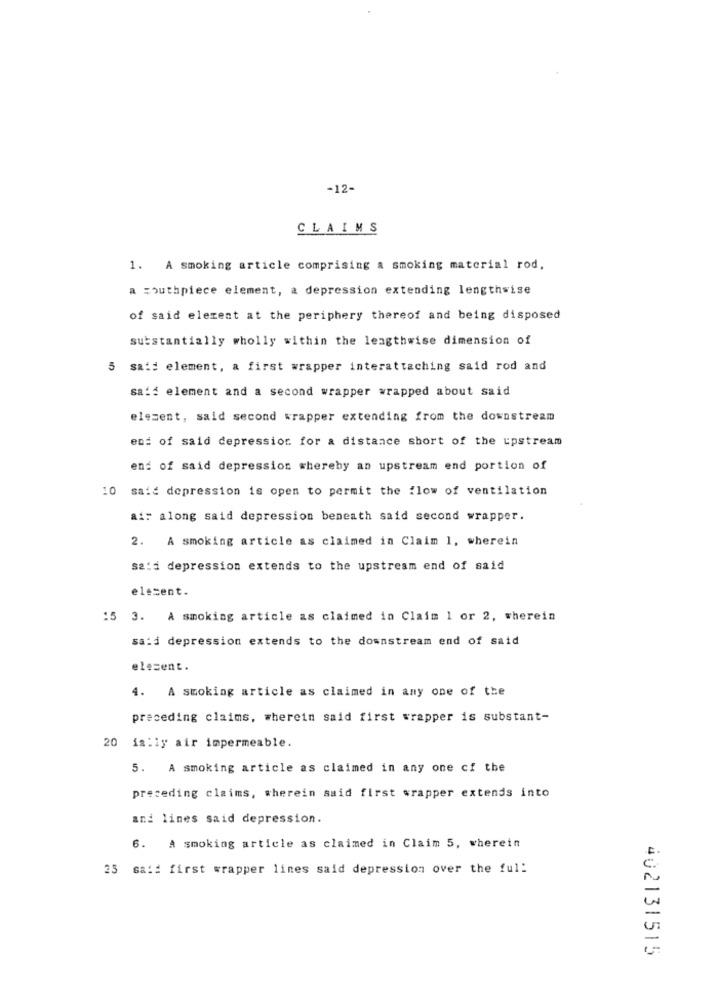
-12-
CLAIMS
1. A smoking article comprising a smoking material rod,
a mouthpiece element, a depression extending lengthwise
of said element at the periphery thereof and being disposed
substantially wholly within the lengthwise dimension of
5 said element, a first wrapper interattaching said rod and
said element and a second wrapper wrapped about said
element, said second wrapper extending from the downstream
end of said depression for a distance short of the upstream
end of said depression whereby an upstream end portion of
10 said depression is open to permit the flow of ventilation
air along said depression beneath said second wrapper.
2. A smoking article as claimed in Claim 1, wherein
said depression extends to the upstream end of said
elecent.
15 3. A smoking article as claimed in Claim 1 or 2, wherein
sa:d depression extends to the downstream end of said
elesent.
4. A smoking article as claimed in any one of the
preceding claims, wherein said first wrapper is substant-
20 is:ly air impermeable.
5. A smoking article as claimed in any one of the
preceding claims, wherein said first wrapper extends into
and lines said depression.
6.
A smoking article as claimed in Claim 5, wherein
25 said first wrapper lines said depression over the ful:
402131515